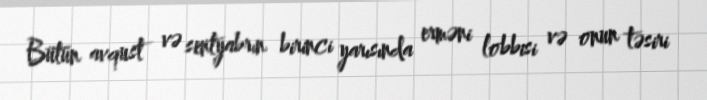
Bütün avqust və sentyabrın birinci yarısında erməni lobbisi və onun təsiri